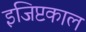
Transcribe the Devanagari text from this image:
इजिप्टकाल